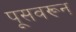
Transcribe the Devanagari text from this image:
पूसवरून